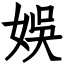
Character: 娛